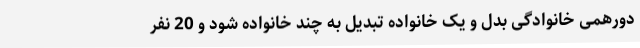
دورهمی خانوادگی بدل و یک خانواده تبدیل به چند خانواده شود و 20 نفر